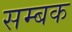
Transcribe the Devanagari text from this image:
सम्बक